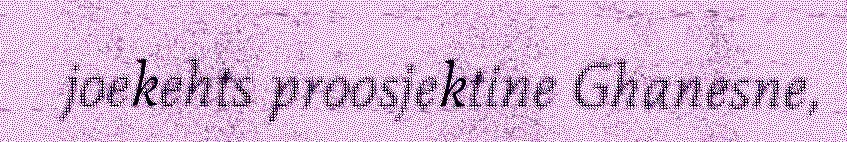
joekehts proosjektine Ghanesne,